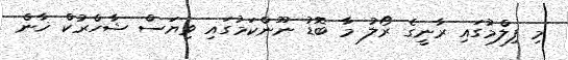
މި ފިލްމުގައި ރާނީގެ ރޯލު މާ ބޮޑު ނޫންކަމުގައި ވިޔަސް ޝާހްރުކް ޚާން